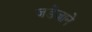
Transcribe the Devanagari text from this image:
जडेजाने